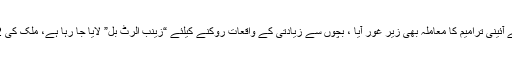
فردوس عاشق اعوان کا مزید کہنا تھا کہ سستے اور فوری انصاف کی فراہمی کیلئے آئینی ترامیم کا معاملہ بھی زیر غور آیا ، بچوں سے زیادتی کے واقعات روکنے کیلئے “زینب الرٹ بل” لایا جا رہا ہے، ملک کی 52 فیصد پر مشتمل خواتین کے وراثتی حقوق سے متعلق بل لانے کا فیصلہ کیا گیا۔